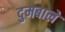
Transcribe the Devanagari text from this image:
दुमबाले